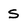
Character: S